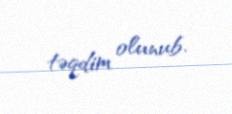
təqdim olunub.